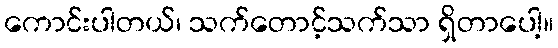
ကောင်းပါတယ်၊ သက်တောင့်သက်သာ ရှိတာပေါ့။